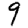
Digit: 9